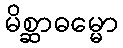
မိစ္ဆာဓမ္မော